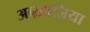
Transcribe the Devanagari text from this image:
अब्ख़ाज़िया